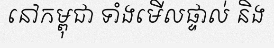
នៅកម្ពុជា ទាំងមើលផ្ទាល់ និង